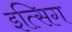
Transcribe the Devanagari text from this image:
इत्सिग